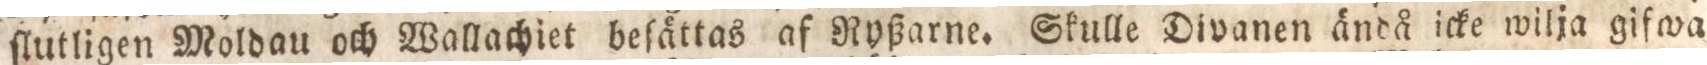
ſlutligen Moldau och Wallachiet beſättas af Ryßarne. Skulle Divanen ändå icke wilja giſwa